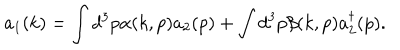
a _ { 1 } ( k ) = \int d ^ { 3 } p \alpha ( k , p ) a _ { 2 } ( p ) + \int d ^ { 3 } p \beta ( k , p ) a _ { 2 } ^ { \dagger } ( p ) .